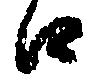
口